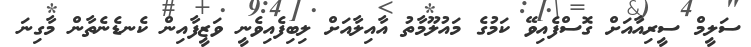
ސަލީމް ސީރިއާއަށް ގޮސްފެއިވޭ ކަމުގެ މައުލޫމާތު އާއިލާއަށް ލިބިފެއިވެނީ ވަޒީފާއިން ކެނޑެނެތާން މާގިނަ